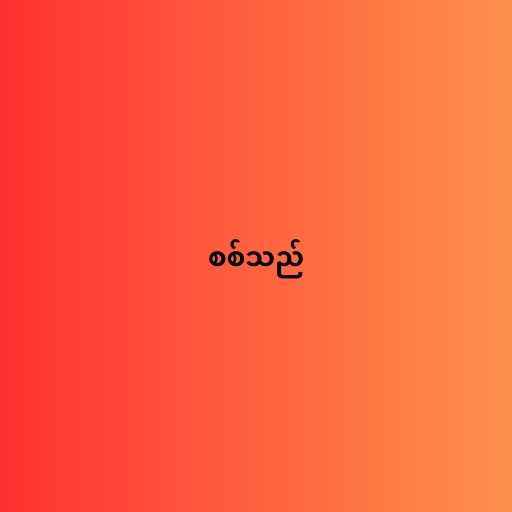
စစ်သည်